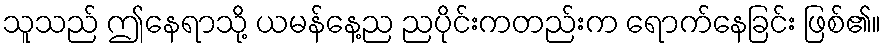
သူသည် ဤနေရာသို့ ယမန်နေ့ည ညပိုင်းကတည်းက ရောက်နေခြင်း ဖြစ်၏။